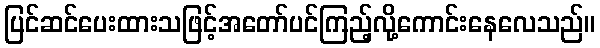
ပြင်ဆင်ပေးထားသဖြင့်အတော်ပင်ကြည့်လို့ကောင်းနေလေသည်။